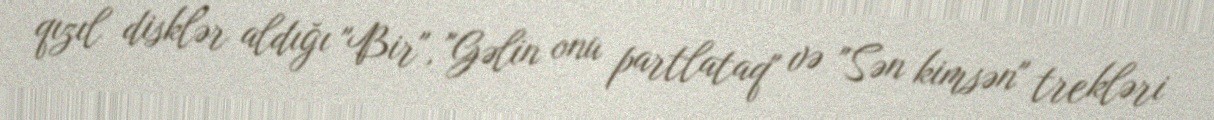
qızıl disklər aldığı "Bir", "Gəlin onu partlataq" və "Sən kimsən" trekləri